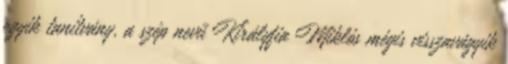
egyik tanítvány, a szép nevű Királyfia Miklós mégis visszavágyik